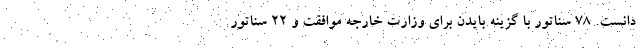
دانست. ۷۸ سناتور با گزینه بایدن برای وزارت خارجه موافقت و ۲۲ سناتور